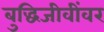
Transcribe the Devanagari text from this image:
बुद्धिजीवींवर